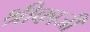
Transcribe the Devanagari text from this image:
श्रीकाजी